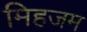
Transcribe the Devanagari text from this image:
मिहजम